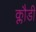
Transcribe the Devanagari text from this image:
क्लौडी